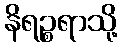
နိရဉ္စရာသို့